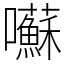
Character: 囌